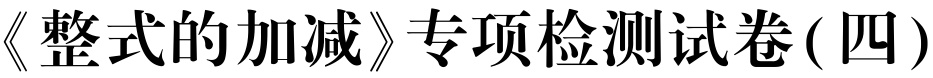
《整式的加减》专项检测试卷(四)